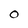
Character: O